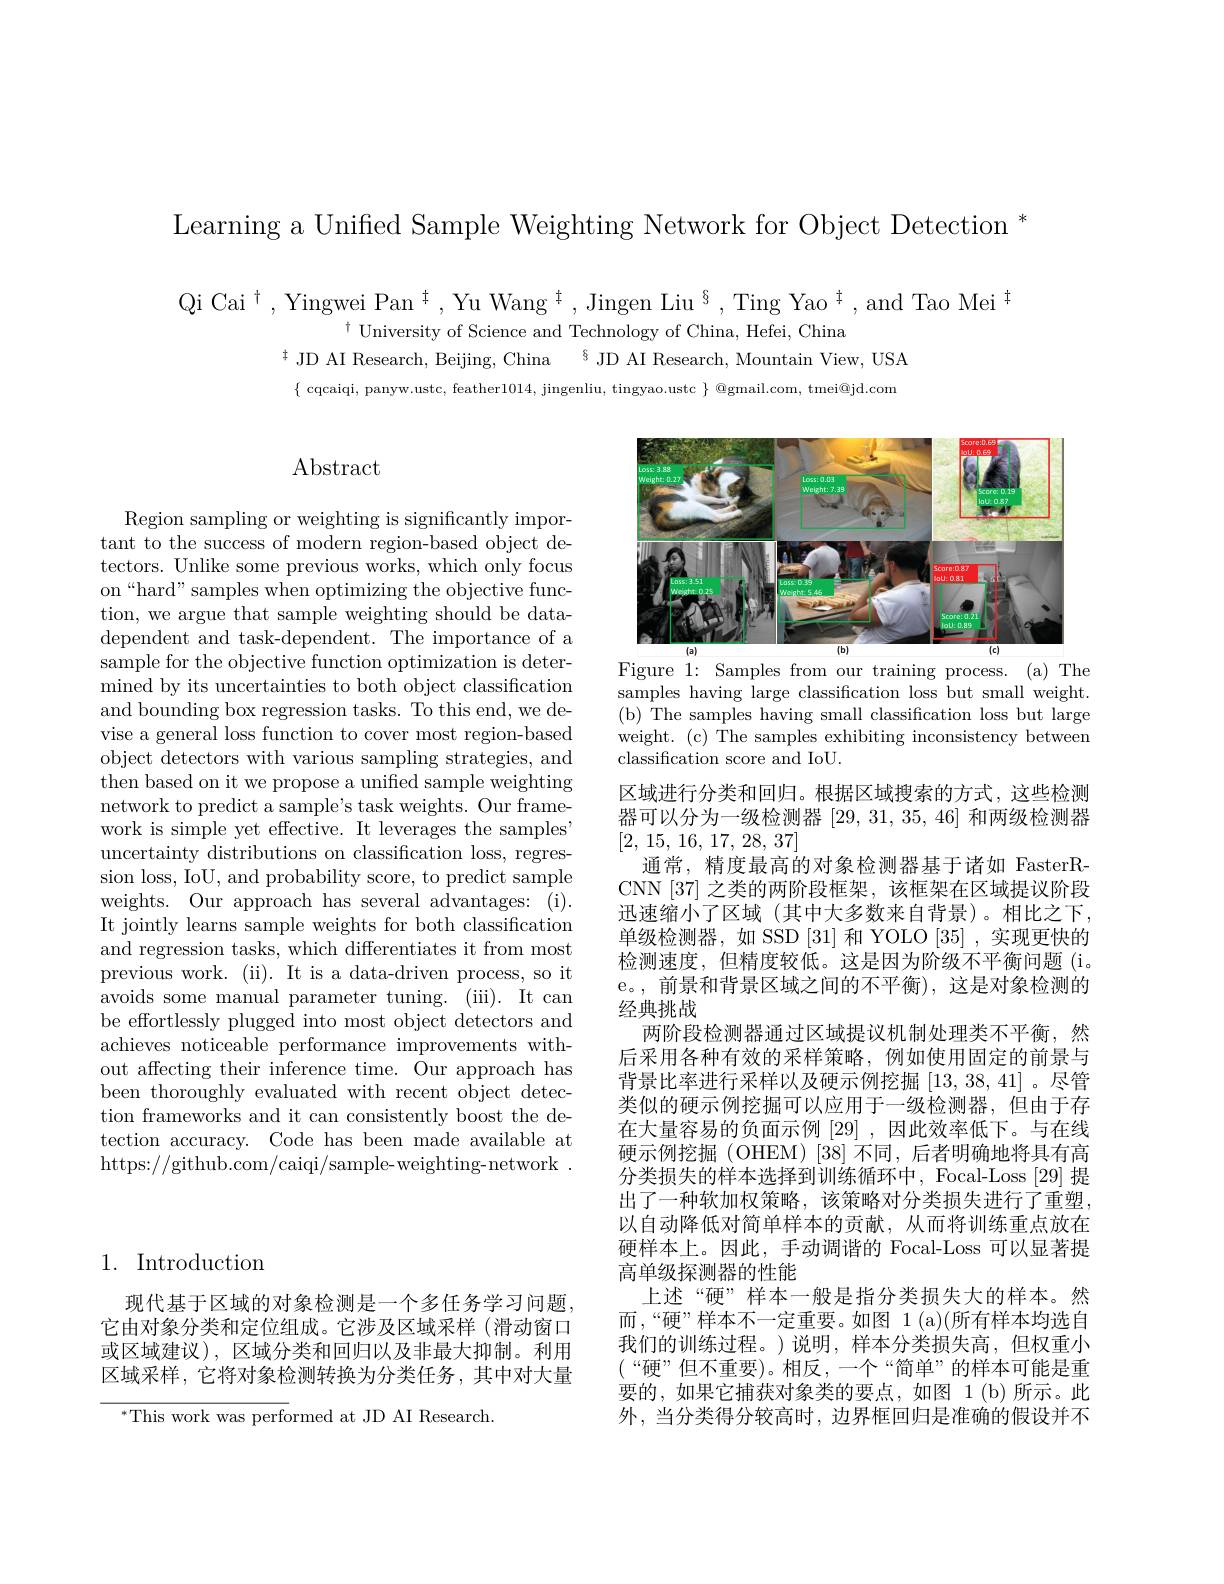
Learning a Unified Sample Weighting Network for Object Detection *

Qi Cai$^\dagger$,Yingwei Pan$^\dagger,\text{Yu Wang}^{\dagger},\text{Jingen Liu}^{\S},\text{Ting Yao}^{\dagger}$,and Tao Mei$^\dagger$
$^{\dagger}$ University of Science and Technology of China, Hefei, China
$^{\ddagger}$ JD AI Research, Beijing, China $^{\S}$ JD AI Research, Mountain View, USA $\{$ cqcaiqi, panyw.ustc, feather1014, jingenliu, tingyao.ustc $\}$ @gmail.com, tmei@jd.com

# $\operatorname{Abstract}$

<FigureHere>
Figure 1: Samples from our training process. (a) The

samples having large classification loss but small weight. (b) The samples having small classification loss but large weight. (c) The samples exhibiting inconsistency between classification score and IoU.

Region sampling or weighting is significantly important to the success of modern region-based object detectors. Unlike some previous works, which only focus on“hard”samples when optimizing the objective function, we argue that sample weighting should be datadependent and task-dependent. The importance of a sample for the objective function optimization is determined by its uncertainties to both object classification and bounding box regression tasks. To this end, we devise a general loss function to cover most region-based object detectors with various sampling strategies, and then based on it we propose a unified sample weighting network to predict a sample's task weights. Our framework is simple yet effective. It leverages the samples' uncertainty distributions on classification loss, regression loss, IoU, and probability score, to predict sample weights. Our approach has several advantages: (i). It jointly learns sample weights for both classification and regression tasks, which differentiates it from most previous work. (ii). It is a data-driven process, so it avoids some manual parameter tuning. (iii). It can be effortlessly plugged into most object detectors and achieves noticeable performance improvements without affecting their inference time. Our approach has been thoroughly evaluated with recent object detection frameworks and it can consistently boost the detection accuracy. Code has been made available at https://github.com/caiqi/sample-weighting-network~.

区域进行分类和回归。根据区域搜索的方式，这些检测器可以分为一级检测器[29,31,35,46]和两级检测器[2, 15, 16, 17, 28, 37]
通常，精度最高的对象检测器基于诸如 FasterRCNN [37] 之类的两阶段框架，该框架在区域提议阶段迅速缩小了区域 (其中大多数来自背景)。相比之下， 单级检测器，如 SSD [31]和 YOLO [35] ,实现更快的检测速度，但精度较低。这是因为阶级不平衡问题(i。e。,前景和背景区域之间的不平衡),这是对象检测的经典挑战
两阶段检测器通过区域提议机制处理类不平衡，然后采用各种有效的采样策略，例如使用固定的前景与背景比率进行采样以及硬示例挖掘[13,38,41] 。尽管类似的硬示例挖掘可以应用于一级检测器，但由于存在大量容易的负面示例 [29] ,因此效率低下。与在线硬示例挖掘(OHEM)[38]不同，后者明确地将具有高分类损失的样本选择到训练循环中，Focal-Loss [29] 提出了一种软加权策略，该策略对分类损失进行了重塑， 以自动降低对简单样本的贡献，从而将训练重点放在硬样本上。因此，手动调谐的 Focal-Loss 可以显著提高单级探测器的性能
上述“硬”样本一般是指分类损失大的样本。然而，“硬”样本不一定重要。如图 1(a)(所有样本均选自我们的训练过程。)说明，样本分类损失高，但权重小$(“硬”但不重要)。相反，一个“简单”的样本可能是重$ 要的，如果它捕获对象类的要点，如图 1(b)所示。此外，当分类得分较高时，边界框回归是准确的假设并不

## 1. Introduction

现代基于区域的对象检测是一个多任务学习问题它由对象分类和定位组成。它涉及区域采样(滑动窗口或区域建议), 区域分类和回归以及非最大抑制。利用区域采样，它将对象检测转换为分类任务，其中对大量

$^{*}$This work was performed at JD AI Research